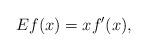
LaTeX: \begin{align*} Ef(x)=xf'(x),\end{align*}